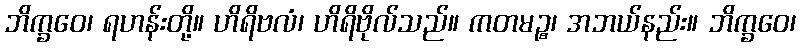
ဘိက္ခဝေ၊ ရဟန်းတို့။ ဟိရိဗလံ၊ ဟိရိဗိုလ်သည်။ ကတမဉ္စ၊ အဘယ်နည်း။ ဘိက္ခဝေ၊